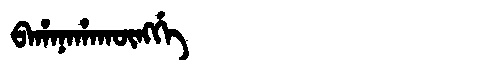
Manchu: ᠪᠠᡥᠠᠨᠠᡥᠠᡴᡡᠩᡤᡝ
Romanization: BAHANAHAKŪNGGE